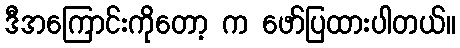
ဒီအကြောင်းကိုတော့ က ဖော်ပြထားပါတယ်။